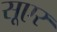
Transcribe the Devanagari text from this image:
सूएर